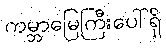
ကမ္ဘာမြေကြီးပေါ်ရှိ